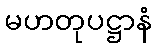
မဟတုပဋ္ဌာနံ